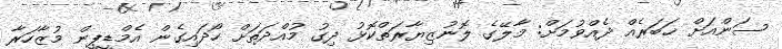
ސަންއަށް ޚަބަރެއް ދެއްވުމަށް: މާލޭގެ ލޮނުޒިޔާރަތްކޮޅު ދިގު މުއްދަތަށް ހޯދައިގެން އެމްޑީޕީން މުޒާހަރާ